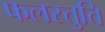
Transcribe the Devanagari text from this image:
फलस्तुति